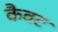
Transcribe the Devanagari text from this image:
कैवट